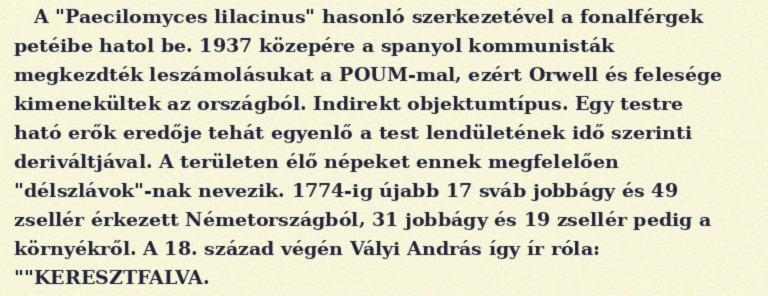
A "Paecilomyces lilacinus" hasonló szerkezetével a fonalférgek petéibe hatol be. 1937 közepére a spanyol kommunisták megkezdték leszámolásukat a POUM-mal, ezért Orwell és felesége kimenekültek az országból. Indirekt objektumtípus. Egy testre ható erők eredője tehát egyenlő a test lendületének idő szerinti deriváltjával. A területen élő népeket ennek megfelelően "délszlávok"-nak nevezik. 1774-ig újabb 17 sváb jobbágy és 49 zsellér érkezett Németországból, 31 jobbágy és 19 zsellér pedig a környékről. A 18. század végén Vályi András így ír róla: ""KERESZTFALVA.